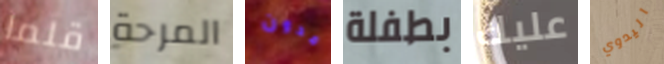
قلما المرحة مدون بطفلة عليك اليدوي